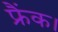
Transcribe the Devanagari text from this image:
फ्रैंक।